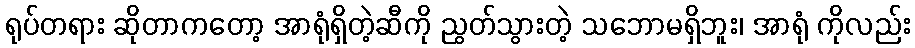
ရုပ်တရား ဆိုတာကတော့ အာရုံရှိတဲ့ဆီကို ညွတ်သွားတဲ့ သဘောမရှိဘူး၊ အာရုံ ကိုလည်း